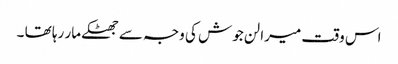
اس وقت میرا لن جوش کی وجہ سے جھٹکے مار رہا تھا ۔